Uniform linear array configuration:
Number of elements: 12
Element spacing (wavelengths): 1
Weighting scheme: uniform
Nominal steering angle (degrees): -45
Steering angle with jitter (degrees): -43.422
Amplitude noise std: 0.05
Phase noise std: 0.05

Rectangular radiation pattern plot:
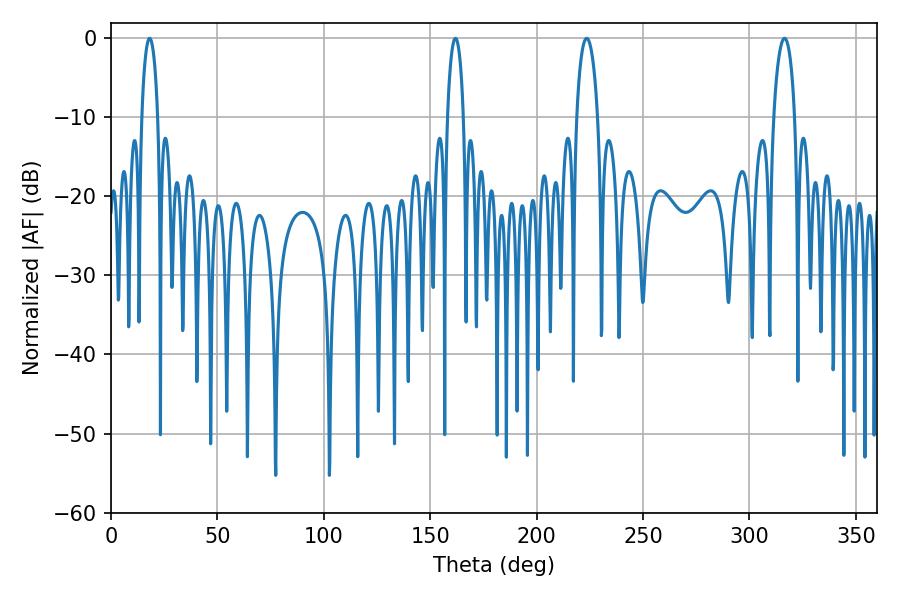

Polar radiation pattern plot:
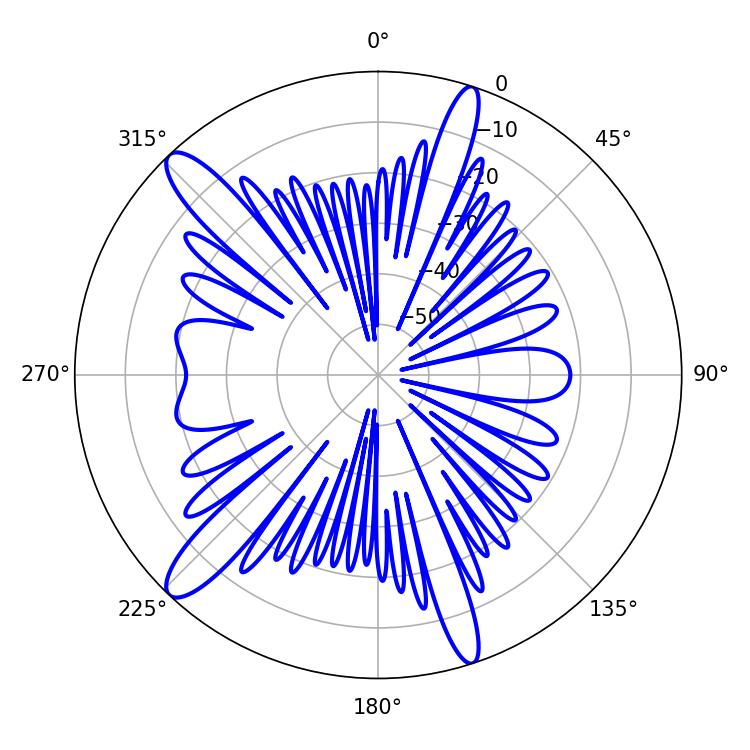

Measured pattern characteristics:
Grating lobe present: TRUE
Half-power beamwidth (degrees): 5.76
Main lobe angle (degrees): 223.56